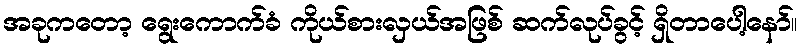
အခုကတော့ ရွေးကောက်ခံ ကိုယ်စားလှယ်အဖြစ် ဆက်လုပ်ခွင့် ရှိတာပေါ့နော်။